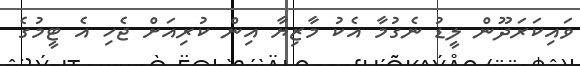
ވައިކަރަދޫން ލީޑު ނެގުމާ އެކު މާޒިޔާ އިން ކުރިއަށް ޖެހި އެ ޓީމުގެ